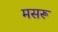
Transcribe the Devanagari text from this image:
मसरू